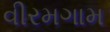
વીરમગામ